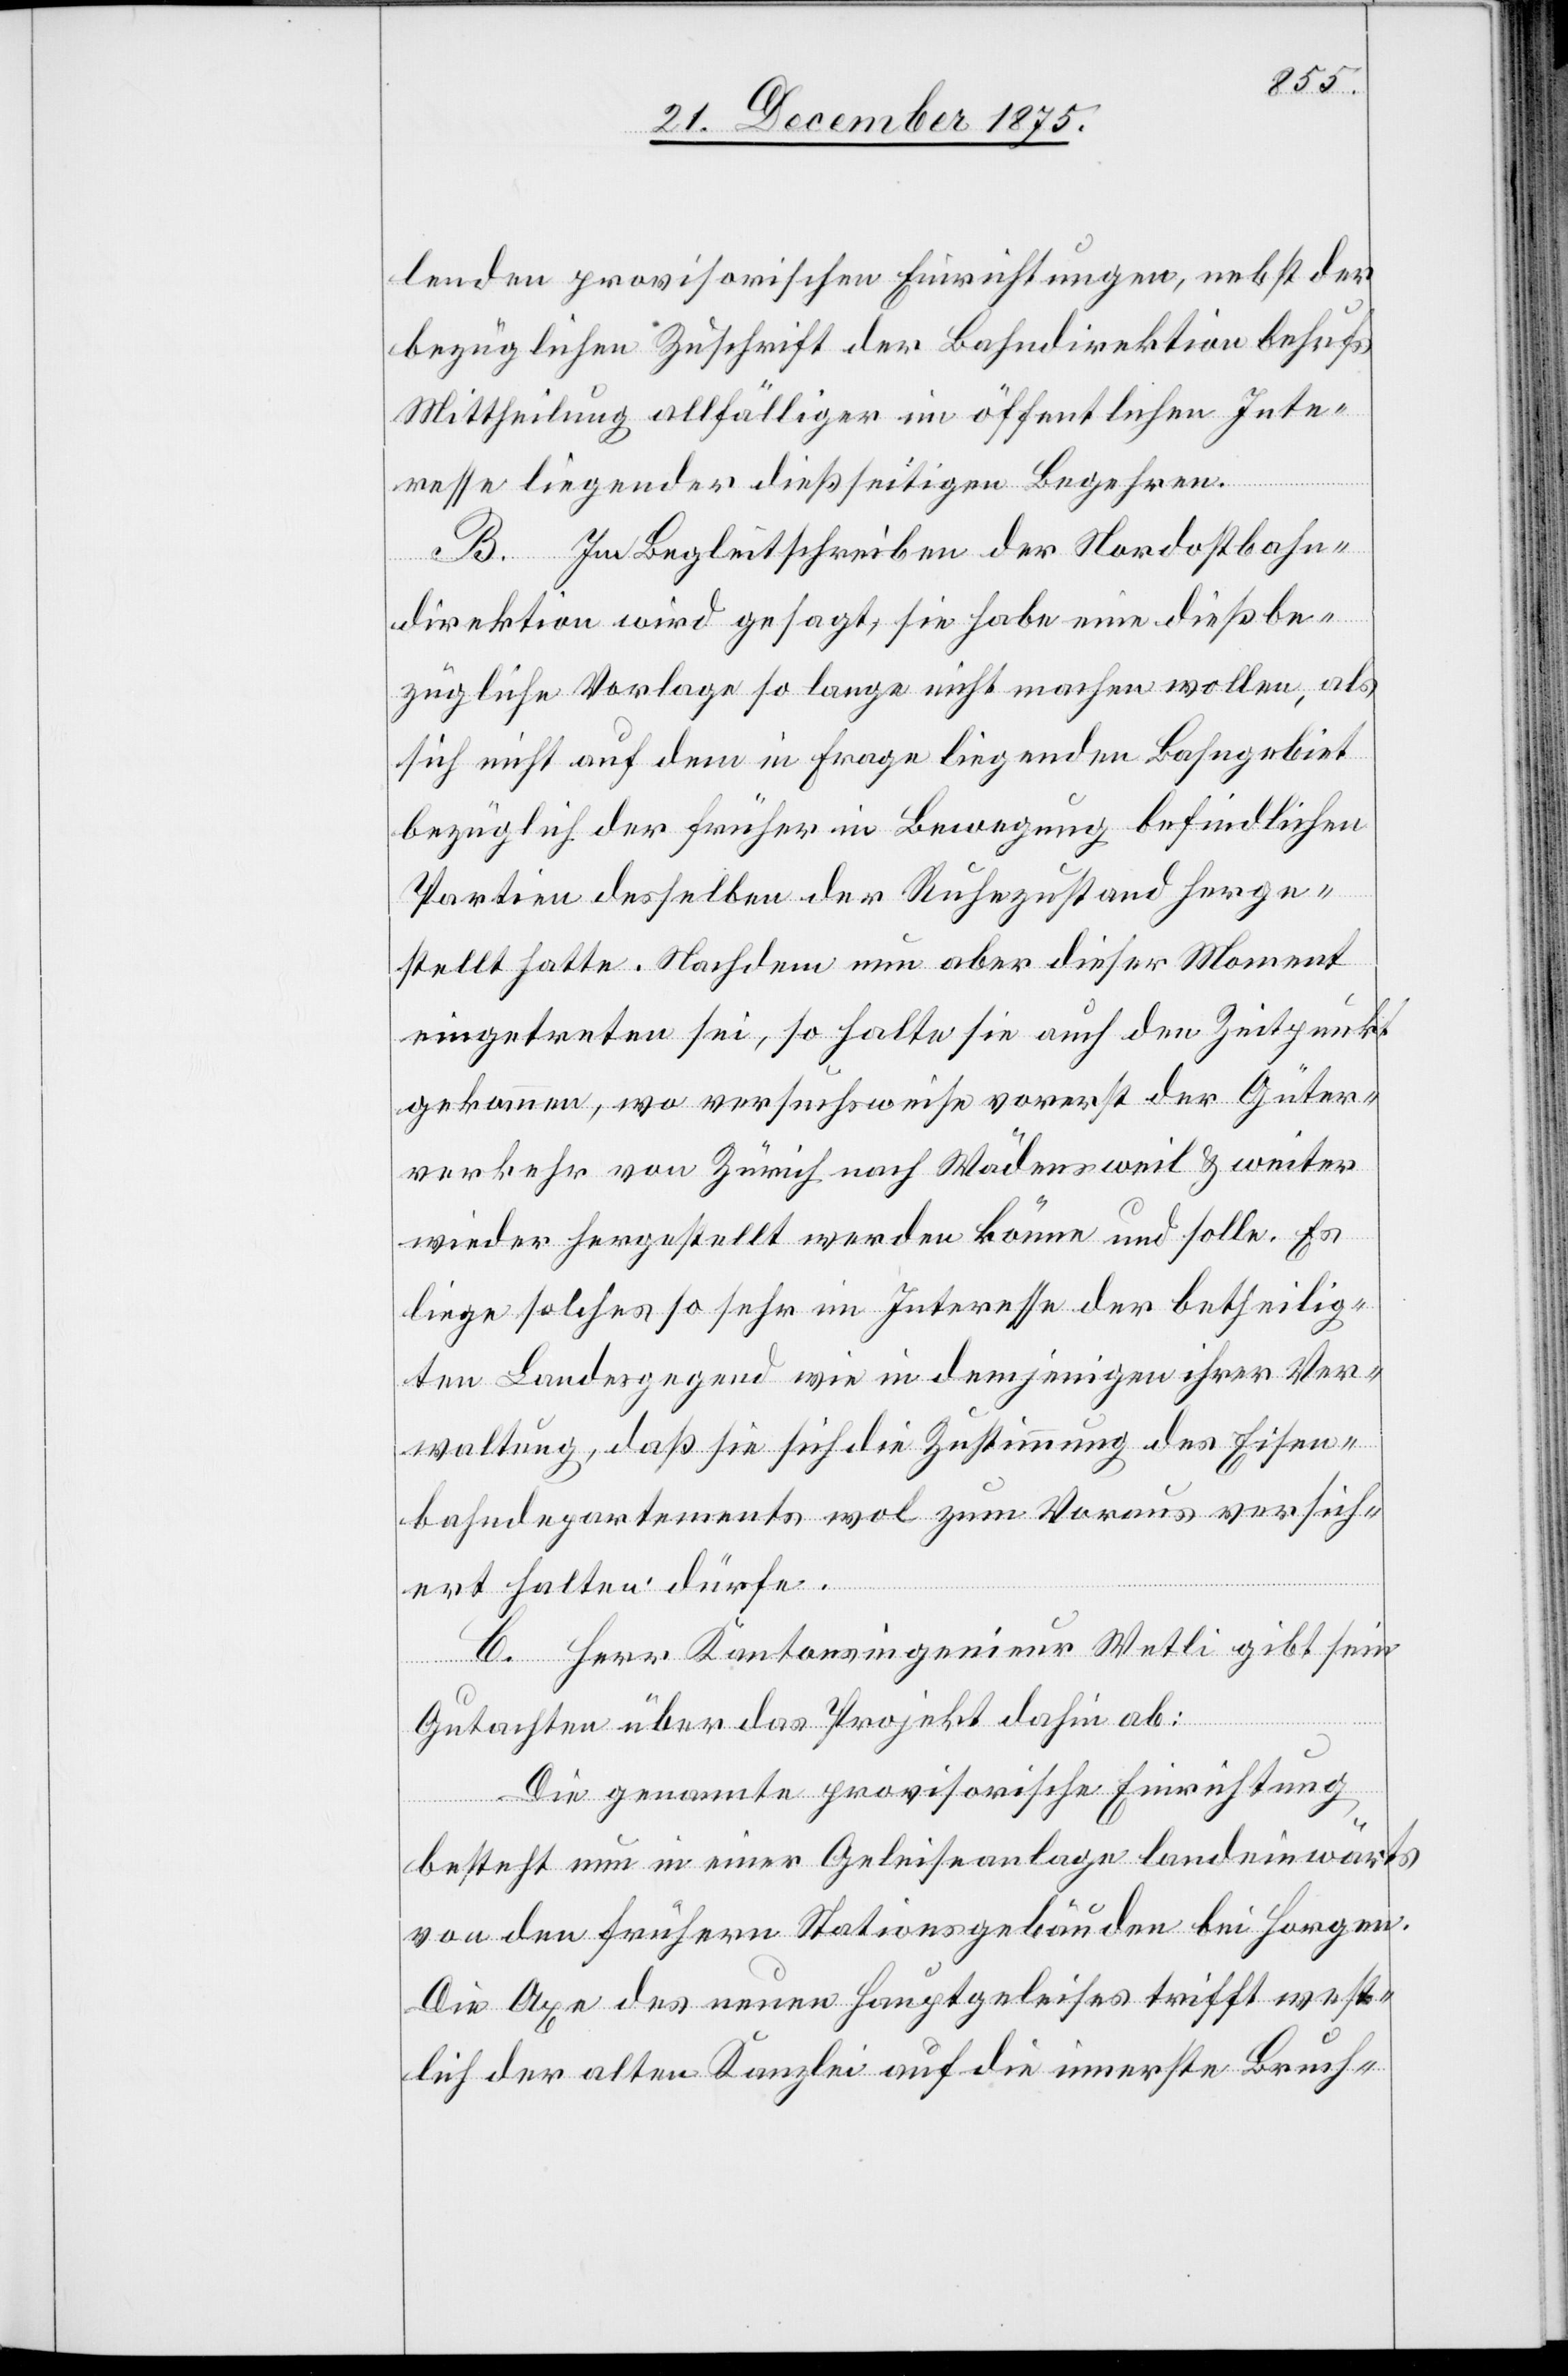
lenden provisorischen Einrichtungen, nebst der
bezüglichen Zuschrift der Bahndirektion behufs
Mittheilung allfälliger im öffentlichen Inte¬
resse liegender dießseitigen Begehren.
B. Im Begleitschreiben der Nordostbahn¬
direktion wird gesagt, sie habe eine dießbe¬
zügliche Vorlage so lange nicht machen wollen, als
sich nicht auf dem in Frage liegenden Bahngebiet
bezüglich der früher in Bewegung befindlichen
Partien desselben der Ruhezustand herge¬
stellt hatte. Nachdem nun aber dieser Moment
eingetreten sei, so halte sie auch den Zeitpunkt
gekommen, wo versuchsweise vorerst der Güter¬
verkehr von Zürich nach Wädensweil & weiter
wieder hergestellt werden könne und solle. Es
liege solches so sehr im Interesse der betheilig¬
ten Landesgegend wie in demjenigen ihrer Ver¬
waltung, daß sie sich die Zustimmung des Eisen¬
bahndepartements wol zum Voraus versich¬
ert halten dürfe.
C. Herr Kantonsingenieur Wetli gibt sein
Gutachten über das Projekt dahin ab:
Die genannte provisorische Einrichtung
besteht nun in einer Geleiseanlage landeinwärts
von den frühern Stationsgebäuden bei Horgen.
Die Axe des neuen Hauptgeleises trifft west¬
lich der alten Kanzlei auf die innerste Bruch-